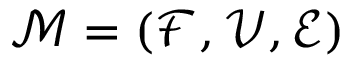
\mathcal { M } = ( \mathcal { F } , \mathcal { V } , \mathcal { E } )